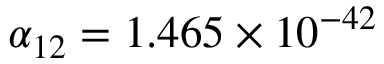
\alpha _ { 1 2 } = 1 . 4 6 5 \times 1 0 ^ { - 4 2 }